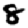
Digit: 8